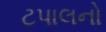
ટપાલનો